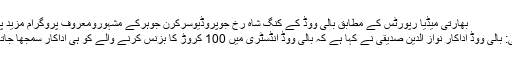
بھارتی میڈیا رپورٹس کے مطابق بالی ووڈ کے کنگ شاہ رخ جوپروڈیوسرکرن جوہرکے مشہورومعروف پروگرام مزید پڑھیں
ممبئی: بالی ووڈ اداکار نواز الدین صدیقی نے کہا ہے کہ بالی ووڈ انڈسٹری میں 100 کروڑ کا بزنس کرنے والے کو ہی اداکار سمجھا جاتا ہے۔